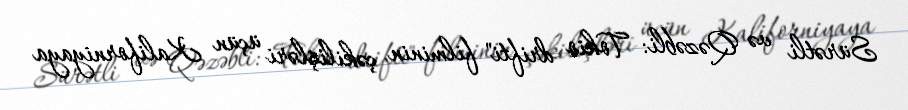
Sürətli və Qəzəbli: Tokio drifti" filminin çəkilişləri üçün Kaliforniyaya